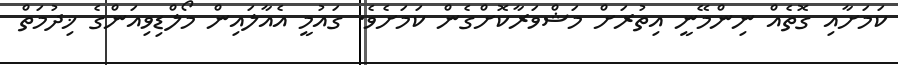
ކަމަށާއި ގޮތެއް ނިންމޭނީ އިތުރަށް މަޝްވަރާކޮށްގެން ކަމަށެވެ. ގައުމީ އެއާލައިން މޯލްޑިވިއަންގެ ޚިދުމަތް